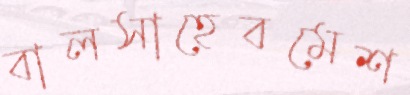
বালসাহেবমেশ